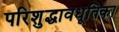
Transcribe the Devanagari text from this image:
परिशुद्धावधूतिका